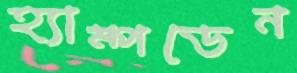
হ্যাম্পডেন